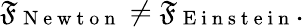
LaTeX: \mathfrak{F}_{\mathrm{{~N~e~w~t~o~n~}}}\neq\mathfrak{F}_{\mathrm{{~E~i~n~s~t~e~i~n~}}}.